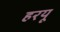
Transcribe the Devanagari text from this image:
हरयू